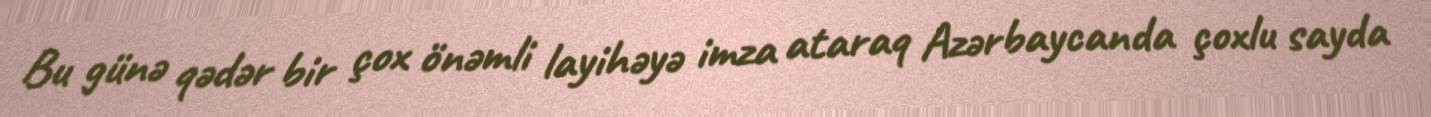
Bu günə qədər bir çox önəmli layihəyə imza ataraq Azərbaycanda çoxlu sayda